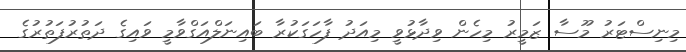
މިނިސްޓަރު މޫސާ ޒަމީރު މިހެން ވިދާޅުވީ މިއަދު ފާހަގަކުރާ ބައިނަލްއަގްވާމީ ވައިގެ ދަތުރުފަތުރުގެ